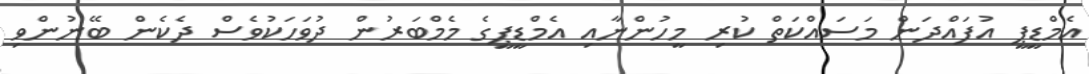
އެމްޑީޕީ އުފައްދަން މަސައްކަތް ކުރި މީހުންނާއި އެމްޑީޕީގެ މެމްބަރުން ދުވަހަކުވެސް ދެކެން ބޭނުންވި